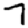
Digit: 7